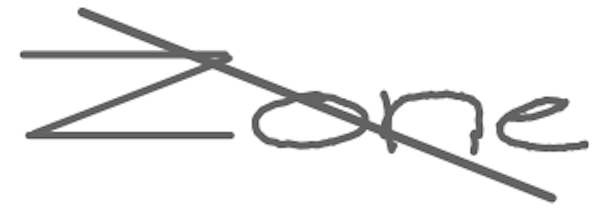
Text: Zone
Cross-out: diagonal
Writing tool: digital_gray